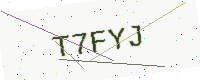
Text: T7FYJ